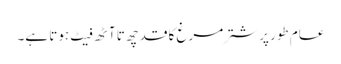
عام طور پر شتر مرغ کا قد چھ تا آٹھ فیٹ ہوتا ہے۔